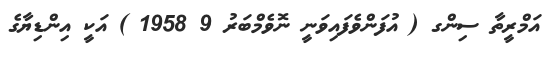
އަމްރީތާ ސިންގ ( އުފަންވެފައިވަނީ ނޮވެމްބަރު 9 1958 ) އަކީ އިންޑިޔާގެ